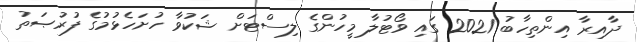
ދާއިރާ އިންތިހާބު 2021 ގައި ވޯޓުލާ މީހުންގެ ލިސްޓަށް ޝަކުވާ ހުށަހެޅުމުގެ ފުރުޞަތު